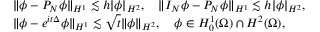
\begin{array} { r l } & { \| \phi - P _ { N } \phi \| _ { H ^ { 1 } } \lesssim h | \phi | _ { H ^ { 2 } } , \quad \| I _ { N } \phi - P _ { N } \phi \| _ { H ^ { 1 } } \lesssim h | \phi | _ { H ^ { 2 } } , } \\ & { \| \phi - e ^ { i t \Delta } \phi \| _ { H ^ { 1 } } \lesssim \sqrt { t } \| \phi \| _ { H ^ { 2 } } , \quad \phi \in H _ { 0 } ^ { 1 } ( \Omega ) \cap H ^ { 2 } ( \Omega ) , } \end{array}